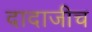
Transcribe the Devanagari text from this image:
दादाजीच